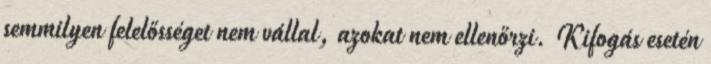
semmilyen felelősséget nem vállal, azokat nem ellenőrzi. Kifogás esetén